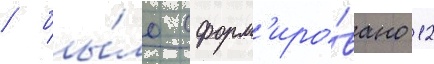
/ бы́ло сформ'иро́вано 12